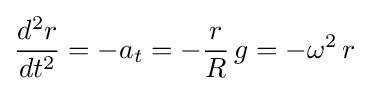
{\frac {d^{2}r}{dt^{2}}}=-a_{t}=-{\frac {r}{R}}\,g=-\omega ^{2}\,r